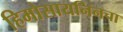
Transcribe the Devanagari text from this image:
हिमोसायनिनचा